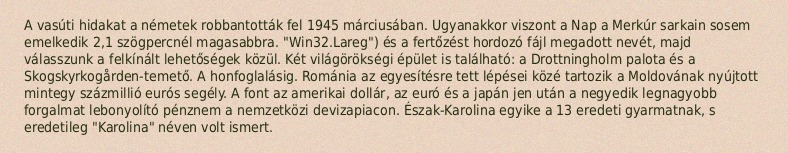
A vasúti hidakat a németek robbantották fel 1945 márciusában. Ugyanakkor viszont a Nap a Merkúr sarkain sosem emelkedik 2,1 szögpercnél magasabbra. "Win32.Lareg") és a fertőzést hordozó fájl megadott nevét, majd válasszunk a felkínált lehetőségek közül. Két világörökségi épület is található: a Drottningholm palota és a Skogskyrkogården-temető. A honfoglalásig. Románia az egyesítésre tett lépései közé tartozik a Moldovának nyújtott mintegy százmillió eurós segély. A font az amerikai dollár, az euró és a japán jen után a negyedik legnagyobb forgalmat lebonyolító pénznem a nemzetközi devizapiacon. Észak-Karolina egyike a 13 eredeti gyarmatnak, s eredetileg "Karolina" néven volt ismert.